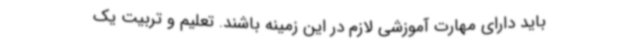
باید دارای مهارت آموزشی لازم در این زمینه باشند. تعلیم و تربیت یک